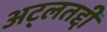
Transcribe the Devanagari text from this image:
अट्लतद्दी